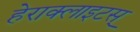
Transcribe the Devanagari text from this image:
हेराक्लाइटस्